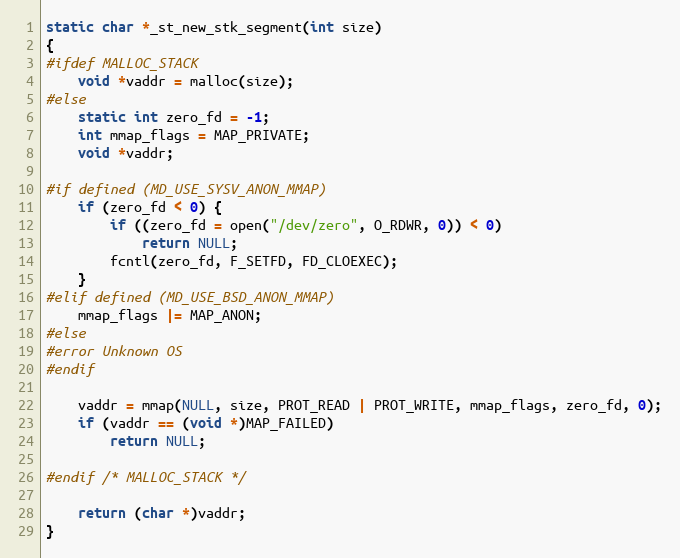
Language: C
static char *_st_new_stk_segment(int size)
{
#ifdef MALLOC_STACK
    void *vaddr = malloc(size);
#else
    static int zero_fd = -1;
    int mmap_flags = MAP_PRIVATE;
    void *vaddr;

#if defined (MD_USE_SYSV_ANON_MMAP)
    if (zero_fd < 0) {
        if ((zero_fd = open("/dev/zero", O_RDWR, 0)) < 0)
            return NULL;
        fcntl(zero_fd, F_SETFD, FD_CLOEXEC);
    }
#elif defined (MD_USE_BSD_ANON_MMAP)
    mmap_flags |= MAP_ANON;
#else
#error Unknown OS
#endif

    vaddr = mmap(NULL, size, PROT_READ | PROT_WRITE, mmap_flags, zero_fd, 0);
    if (vaddr == (void *)MAP_FAILED)
        return NULL;

#endif /* MALLOC_STACK */

    return (char *)vaddr;
}